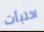
اختبأت